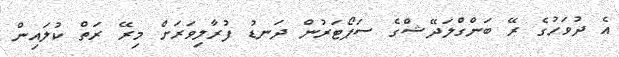
އެ ދުވަހުގެ ރޭ ބަންގްލަދޭޝްގެ ސަޕޯޓަރުން ދަނޑު ފުރާލިވަރަށް މިރޭ ރަތް ކުލައިން